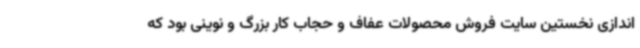
اندازی نخستین سایت فروش محصولات عفاف و حجاب کار بزرگ و نوینی بود که